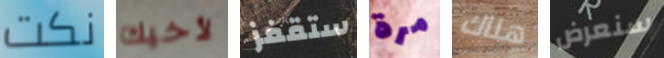
نكت لأخيك ستقفز مرة هناك سنعرض